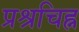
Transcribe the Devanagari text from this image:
प्रश्रचिह्न